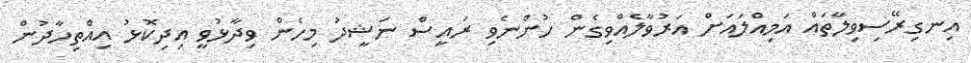
އިނގިރޭސިވިލާތައް އަމިއްލައަށް އަރުވާލެއްވިގެން ހުންނެވި ރައީސް ނަޝީދު މިހެން ވިދާޅުވީ އިދިކޮޅު އިއްތިހާދުން